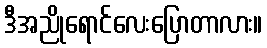
ဒီအညိုရောင်လေးပြောတာလား။